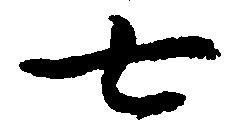
七